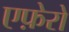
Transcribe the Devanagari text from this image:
एफ़ेरो